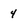
Character: 4